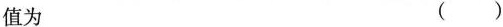
值为 ()